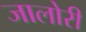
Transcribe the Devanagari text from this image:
जालोरी